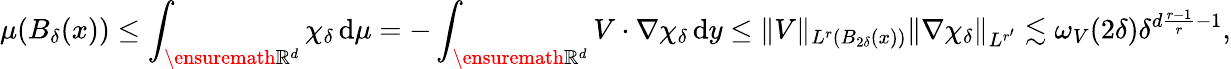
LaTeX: \mu(B_{\delta}(x))\leq\int_{\ensuremath{\mathbb{R}}^{d}}\chi_{\delta}\, \mathrm{d}\mu=-\int_{\ensuremath{\mathbb{R}}^{d}}V\cdot\nabla\chi_{\delta}\, \mathrm{d}y\leq\| V\| _{L^{r}(B_{2\delta}(x))}\| \nabla\chi_{\delta}\| _{L^{r^{\prime}}}\lesssim\omega_{V}(2\delta)\delta^{d\frac{r-1}{r}-1},